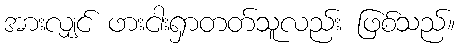
အားလျှင် ဖားငါးရှာတတ်သူလည်း ဖြစ်သည်။